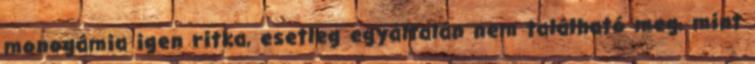
monogámia igen ritka, esetleg egyáltalán nem található meg, mint